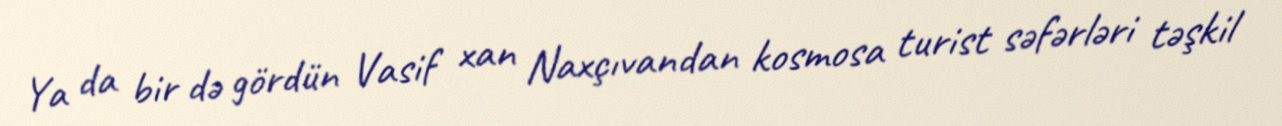
Ya da bir də gördün Vasif xan Naxçıvandan kosmosa turist səfərləri təşkil